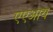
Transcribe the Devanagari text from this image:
एएआय